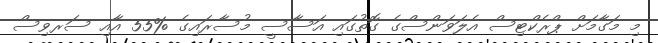
މި މަގާމަށް ޕްރެކްޓިސް އެލަވަންސްގެ ގޮތުގައި އަސާސީ މުސާރައިގެ %55 އާއި ސަރވިސް